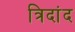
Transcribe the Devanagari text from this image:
त्रिदांद